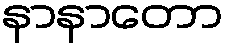
နာနာတော